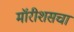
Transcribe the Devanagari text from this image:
मॉरीशसचा